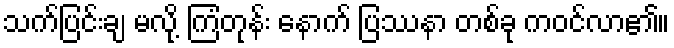
သက်ပြင်းချ မလို့ ကြံတုန်း နောက် ပြဿနာ တစ်ခု ကဝင်လာ၏။